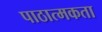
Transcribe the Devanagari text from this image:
पाठात्मकता